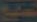
تطلع